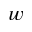
w